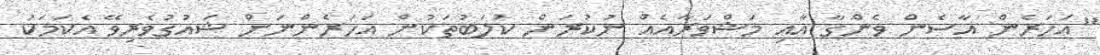
"އަހަރެން އާސެން ވެންގާ އާއި މަޝްވަރާއެއް ނުކުރަން ކުލަބުތަކުން އަހަރެންނަށް ޝައުގުވެރިވޭ އެކަމަކު